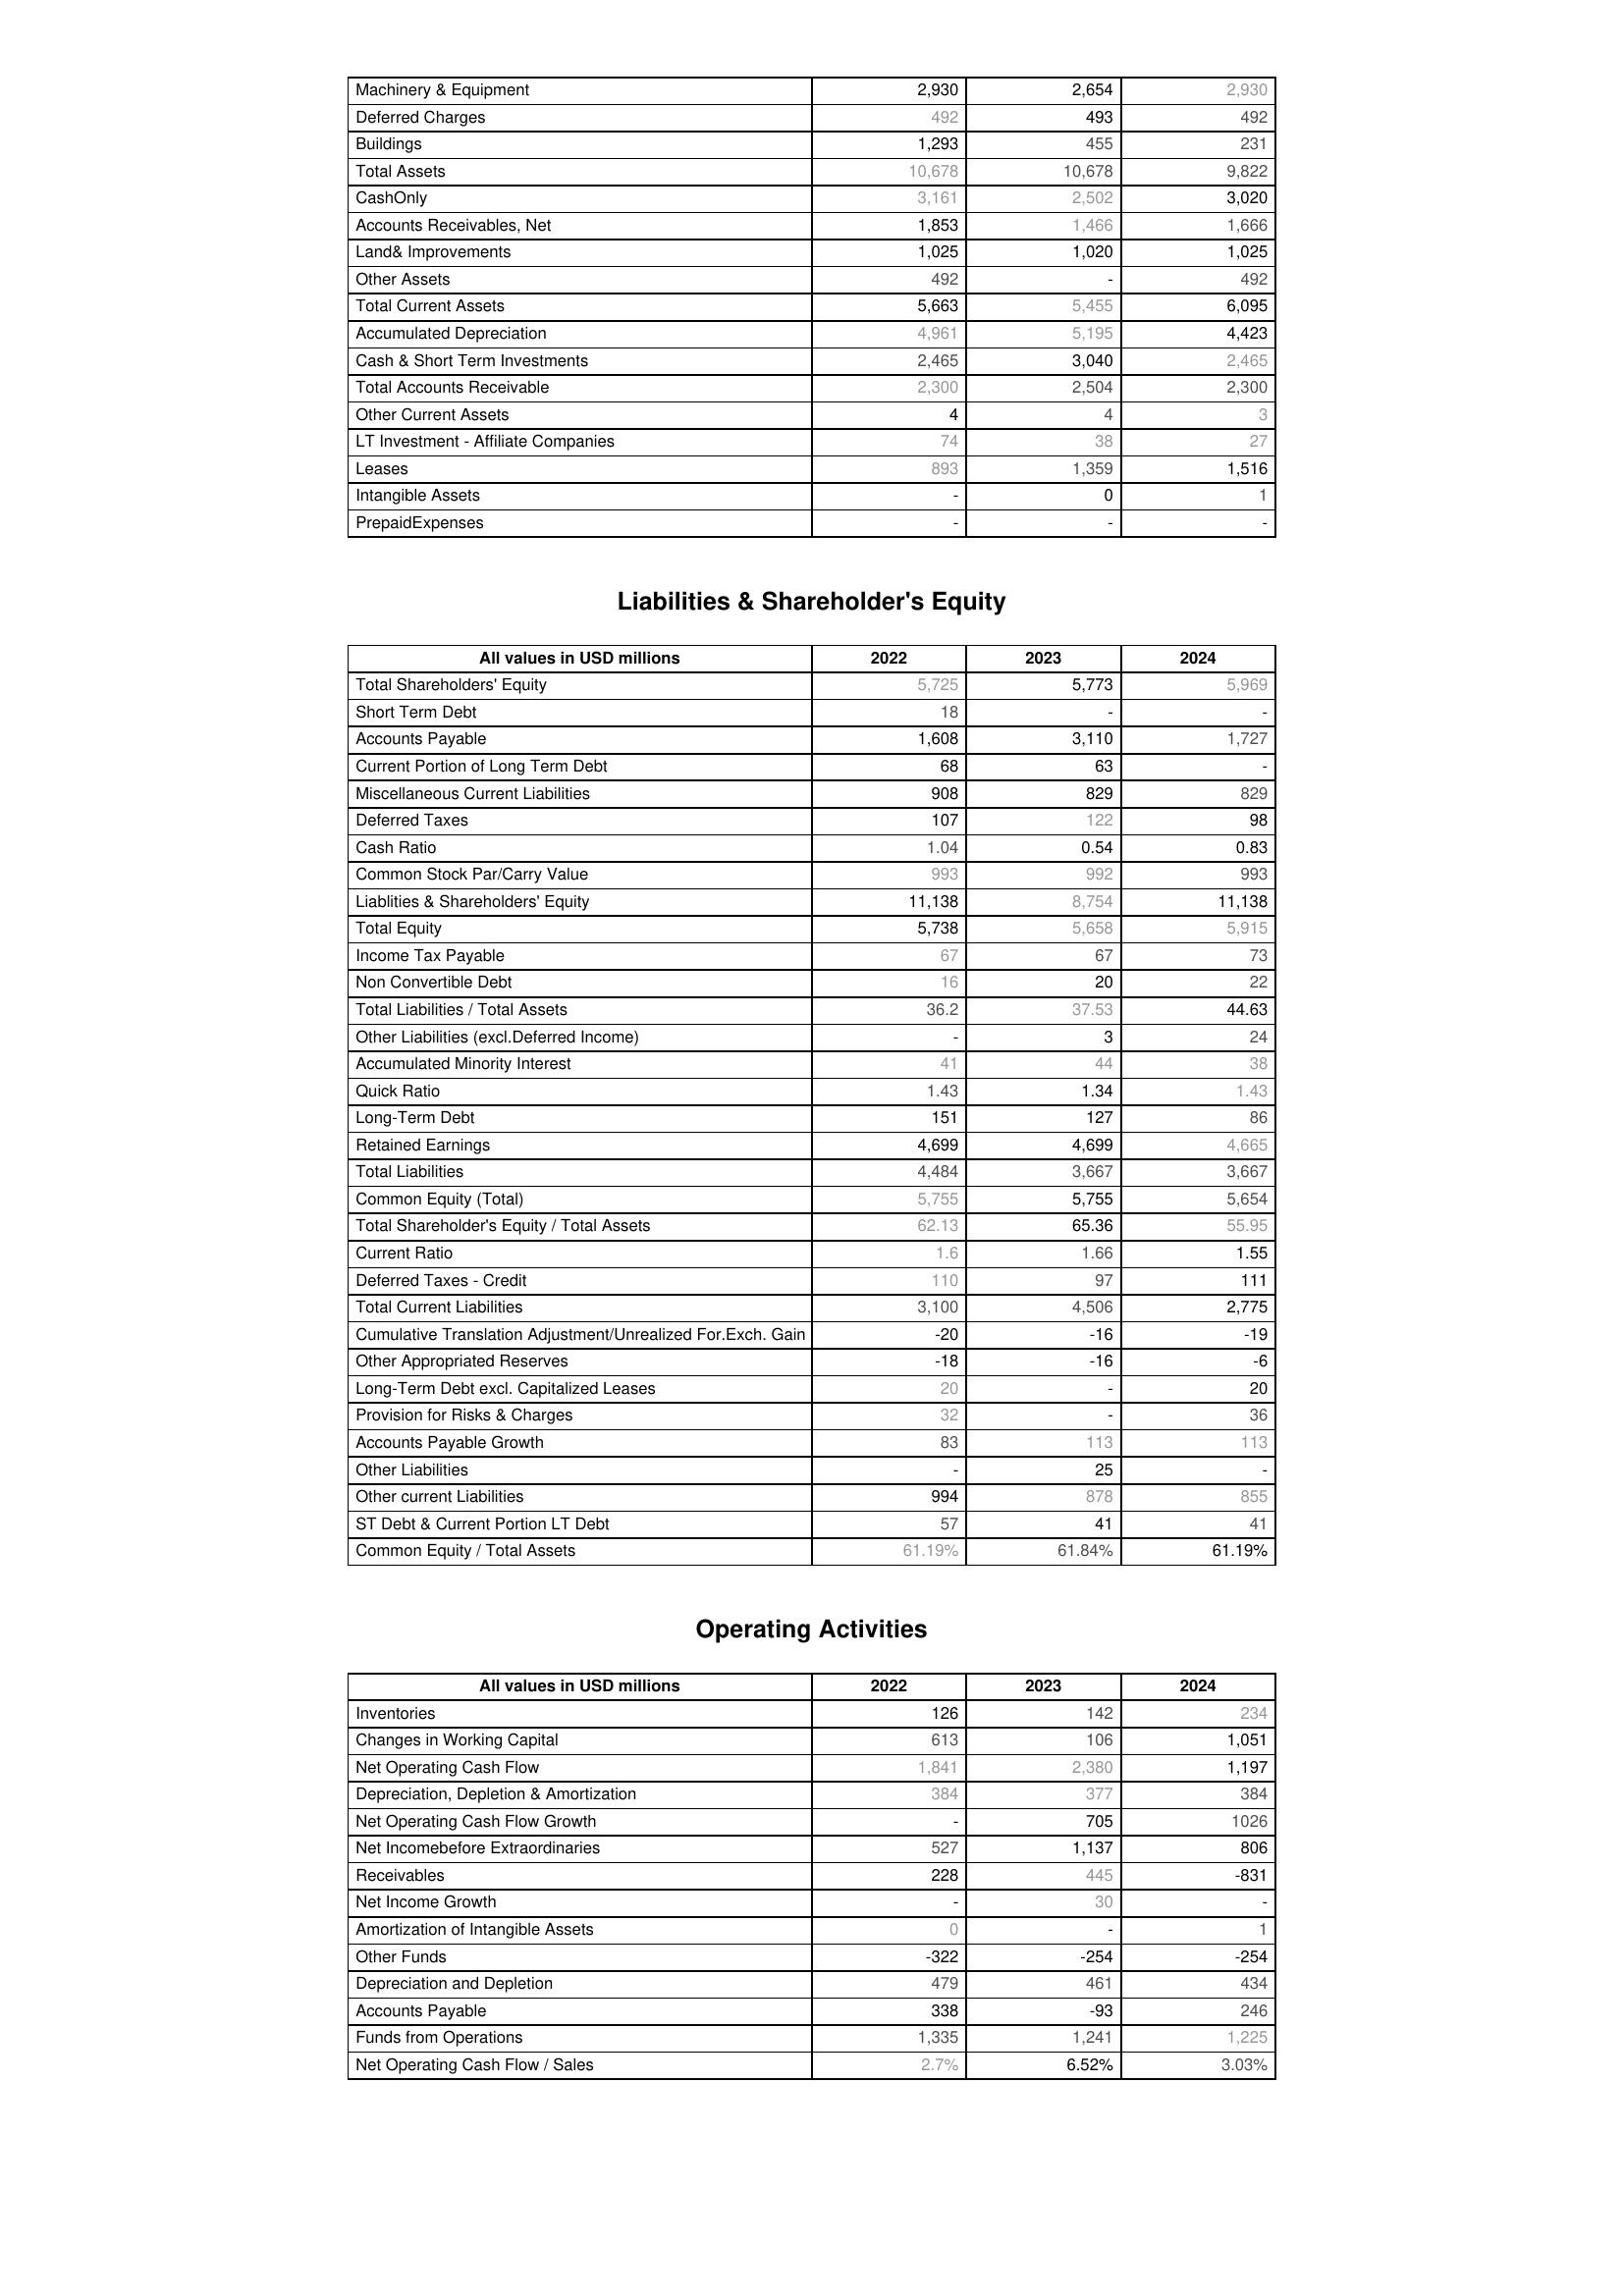
2022: Assets: Machinery & Equipment: 2,930
Deferred Charges: 492
Buildings: 1,293
Total Assets: 10,678
CashOnly: 3,161
Accounts Receivables, Net: 1,853
Land& Improvements: 1,025
Other Assets: 492
Total Current Assets: 5,663
Accumulated Depreciation: 4,961
Cash & Short Term Investments: 2,465
Total Accounts Receivable: 2,300
Other Current Assets: 4
LT Investment - Affiliate Companies: 74
Leases: 893
Intangible Assets: -
PrepaidExpenses: -
Liabilities & Shareholder's Equity: Total Shareholders' Equity: 5,725
Short Term Debt: 18
Accounts Payable: 1,608
Current Portion of Long Term Debt: 68
Miscellaneous Current Liabilities: 908
Deferred Taxes: 107
Cash Ratio: 1.04
Common Stock Par/Carry Value: 993
Liablities & Shareholders' Equity: 11,138
Total Equity: 5,738
Income Tax Payable: 67
Non Convertible Debt: 16
Total Liabilities / Total Assets: 36.2
Other Liabilities (excl.Deferred Income): -
Accumulated Minority Interest: 41
Quick Ratio: 1.43
Long-Term Debt: 151
Retained Earnings: 4,699
Total Liabilities: 4,484
Common Equity (Total): 5,755
Total Shareholder's Equity / Total Assets: 62.13
Current Ratio: 1.6
Deferred Taxes - Credit: 110
Total Current Liabilities: 3,100
Cumulative Translation Adjustment/Unrealized For.Exch. Gain: -20
Other Appropriated Reserves: -18
Long-Term Debt excl. Capitalized Leases: 20
Provision for Risks & Charges: 32
Accounts Payable Growth: 83
Other Liabilities: -
Other current Liabilities: 994
ST Debt & Current Portion LT Debt: 57
Common Equity / Total Assets: 61.19%
Operating Activities: Inventories: 126
Changes in Working Capital: 613
Net Operating Cash Flow: 1,841
Depreciation, Depletion & Amortization: 384
Net Operating Cash Flow Growth: -
Net Incomebefore Extraordinaries: 527
Receivables: 228
Net Income Growth: -
Amortization of Intangible Assets: 0
Other Funds: -322
Depreciation and Depletion: 479
Accounts Payable: 338
Funds from Operations: 1,335
Net Operating Cash Flow / Sales: 2.7%
2023: Assets: Machinery & Equipment: 2,654
Deferred Charges: 493
Buildings: 455
Total Assets: 10,678
CashOnly: 2,502
Accounts Receivables, Net: 1,466
Land& Improvements: 1,020
Other Assets: -
Total Current Assets: 5,455
Accumulated Depreciation: 5,195
Cash & Short Term Investments: 3,040
Total Accounts Receivable: 2,504
Other Current Assets: 4
LT Investment - Affiliate Companies: 38
Leases: 1,359
Intangible Assets: 0
PrepaidExpenses: -
Liabilities & Shareholder's Equity: Total Shareholders' Equity: 5,773
Short Term Debt: -
Accounts Payable: 3,110
Current Portion of Long Term Debt: 63
Miscellaneous Current Liabilities: 829
Deferred Taxes: 122
Cash Ratio: 0.54
Common Stock Par/Carry Value: 992
Liablities & Shareholders' Equity: 8,754
Total Equity: 5,658
Income Tax Payable: 67
Non Convertible Debt: 20
Total Liabilities / Total Assets: 37.53
Other Liabilities (excl.Deferred Income): 3
Accumulated Minority Interest: 44
Quick Ratio: 1.34
Long-Term Debt: 127
Retained Earnings: 4,699
Total Liabilities: 3,667
Common Equity (Total): 5,755
Total Shareholder's Equity / Total Assets: 65.36
Current Ratio: 1.66
Deferred Taxes - Credit: 97
Total Current Liabilities: 4,506
Cumulative Translation Adjustment/Unrealized For.Exch. Gain: -16
Other Appropriated Reserves: -16
Long-Term Debt excl. Capitalized Leases: -
Provision for Risks & Charges: -
Accounts Payable Growth: 113
Other Liabilities: 25
Other current Liabilities: 878
ST Debt & Current Portion LT Debt: 41
Common Equity / Total Assets: 61.84%
Operating Activities: Inventories: 142
Changes in Working Capital: 106
Net Operating Cash Flow: 2,380
Depreciation, Depletion & Amortization: 377
Net Operating Cash Flow Growth: 705
Net Incomebefore Extraordinaries: 1,137
Receivables: 445
Net Income Growth: 30
Amortization of Intangible Assets: -
Other Funds: -254
Depreciation and Depletion: 461
Accounts Payable: -93
Funds from Operations: 1,241
Net Operating Cash Flow / Sales: 6.52%
2024: Assets: Machinery & Equipment: 2,930
Deferred Charges: 492
Buildings: 231
Total Assets: 9,822
CashOnly: 3,020
Accounts Receivables, Net: 1,666
Land& Improvements: 1,025
Other Assets: 492
Total Current Assets: 6,095
Accumulated Depreciation: 4,423
Cash & Short Term Investments: 2,465
Total Accounts Receivable: 2,300
Other Current Assets: 3
LT Investment - Affiliate Companies: 27
Leases: 1,516
Intangible Assets: 1
PrepaidExpenses: -
Liabilities & Shareholder's Equity: Total Shareholders' Equity: 5,969
Short Term Debt: -
Accounts Payable: 1,727
Current Portion of Long Term Debt: -
Miscellaneous Current Liabilities: 829
Deferred Taxes: 98
Cash Ratio: 0.83
Common Stock Par/Carry Value: 993
Liablities & Shareholders' Equity: 11,138
Total Equity: 5,915
Income Tax Payable: 73
Non Convertible Debt: 22
Total Liabilities / Total Assets: 44.63
Other Liabilities (excl.Deferred Income): 24
Accumulated Minority Interest: 38
Quick Ratio: 1.43
Long-Term Debt: 86
Retained Earnings: 4,665
Total Liabilities: 3,667
Common Equity (Total): 5,654
Total Shareholder's Equity / Total Assets: 55.95
Current Ratio: 1.55
Deferred Taxes - Credit: 111
Total Current Liabilities: 2,775
Cumulative Translation Adjustment/Unrealized For.Exch. Gain: -19
Other Appropriated Reserves: -6
Long-Term Debt excl. Capitalized Leases: 20
Provision for Risks & Charges: 36
Accounts Payable Growth: 113
Other Liabilities: -
Other current Liabilities: 855
ST Debt & Current Portion LT Debt: 41
Common Equity / Total Assets: 61.19%
Operating Activities: Inventories: 234
Changes in Working Capital: 1,051
Net Operating Cash Flow: 1,197
Depreciation, Depletion & Amortization: 384
Net Operating Cash Flow Growth: 1026
Net Incomebefore Extraordinaries: 806
Receivables: -831
Net Income Growth: -
Amortization of Intangible Assets: 1
Other Funds: -254
Depreciation and Depletion: 434
Accounts Payable: 246
Funds from Operations: 1,225
Net Operating Cash Flow / Sales: 3.03%